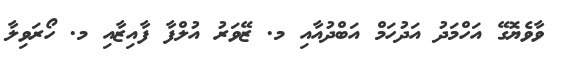
ވާވެޔޮގޭ އަހްމަދު އަދުހަމް އަބްދުއާއި މ. ޒޭވަރު އުލްފާ ފާއިޒާއި މ. ހޯރަވިލާ